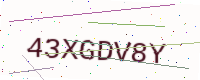
Text: 43XGDV8Y